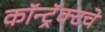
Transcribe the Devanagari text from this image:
कॉन्ट्रॅक्‍टचे